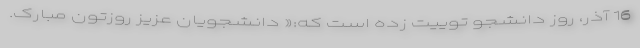
16 آذر، روز دانشجو توییت زده است که:« دانشجویان عزیز روزتون مبارک.